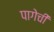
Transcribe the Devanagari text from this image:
पागेची